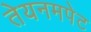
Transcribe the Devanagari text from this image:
तेयनमपेट